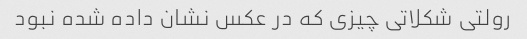
رولتی شکلاتی چیزی که در عکس نشان داده شده نبود